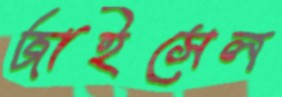
জাইসেল